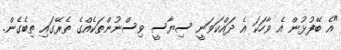
"އެ ބޭފުޅުން އެ ވާހަކަ އެ ދައްކަވަނީ ސިޔާސީ ވިސްނުންތަކެއްގެ ތެރޭގައި ތިބެގެން.